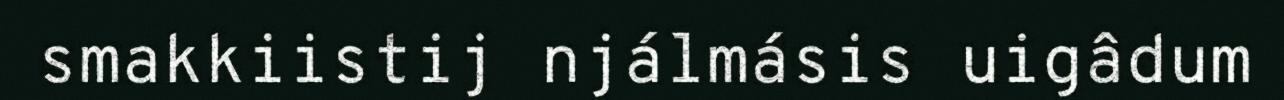
smakkiistij njálmásis uigâdum